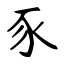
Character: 豕